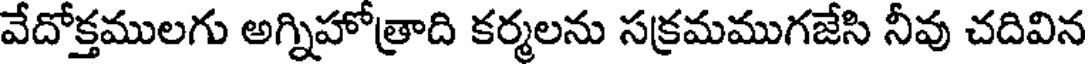
వేదోక్తములగు అగ్నిహోత్రాది కర్మలను సక్రమముగజేసి నీవు చదివిన